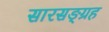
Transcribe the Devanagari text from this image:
सारसङ्ग्रह